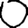
Digit: 0